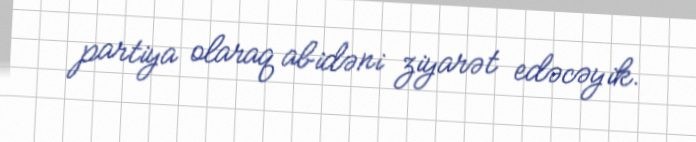
partiya olaraq abidəni ziyarət edəcəyik.